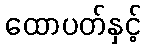
ထောပတ်နှင့်